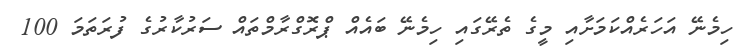
ހިމެނޭ އަހަރެއްކަމަށާއި މީގެ ތެރޭގައި ހިމެނޭ ބައެއް ޕްރޮގްރާމްތައް ސަރުކާރުގެ ފުރަތަމަ 100